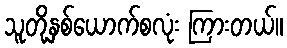
သူတို့နှစ်ယောက်စလုံး ကြားတယ်။